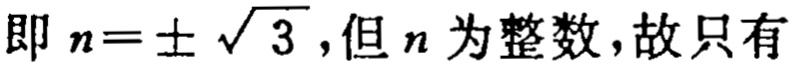
即 \(n = \pm\sqrt{3}\)，但 \(n\) 为整数，故只有